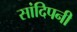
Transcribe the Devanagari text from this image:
सांदिपनी